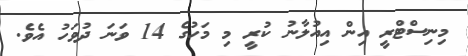
މިނިސްޓްރީ އިން އިއުލާނު ކުރީ މި މަހުގެ 14 ވަނަ ދުވަހު އެވެ.